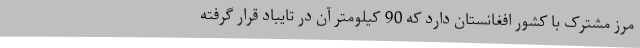
مرز مشترک با کشور افغانستان دارد که 90 کیلومتر آن در تایباد قرار گرفته